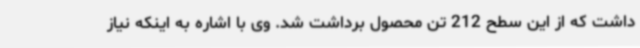
داشت که از این سطح 212 تن محصول برداشت شد. وی با اشاره به اینکه نیاز